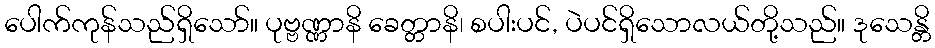
ပေါက်ကုန်သည်ရှိသော်။ ပုဗ္ဗဏ္ဏာနိ ခေတ္တာနိ၊ စပါးပင်, ပဲပင်ရှိသောလယ်တို့သည်။ ဒုသေန္တိ